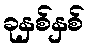
ခုနှစ်နှစ်